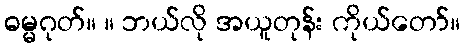
ဓမ္မဂုတ်။ ။ ဘယ်လို အယူတုန်း ကိုယ်တော်။